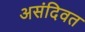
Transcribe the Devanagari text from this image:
असंदिवत